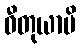
ဓီတုယာပိ